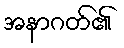
အနာဂတ်၏